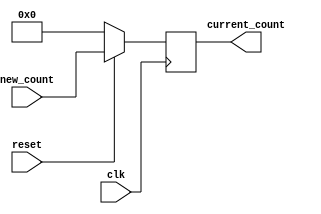
// Program Counter. MIPS CPU
// Nicolas Rodriguez
// Nov 13, 2020

module program_counter (clk, reset, current_count, new_count);

// i/o
input clk, reset;
input wire [31:0] new_count;

output reg [31:0] current_count;


// logic

always @ (posedge clk) begin

    if (!reset) begin
        current_count <= 0;
    end // if !reset
    else begin
        current_count <= new_count;
    end // else !reset
end // always clk

endmodule // program_counter